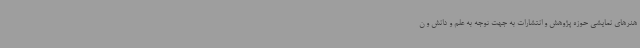
هنرهای نمایشی حوزه پژوهش و انتشارات به جهت توجه به علم و دانش و ن